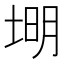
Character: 𪣦